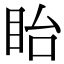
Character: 眙